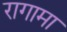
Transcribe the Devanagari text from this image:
रागामा